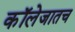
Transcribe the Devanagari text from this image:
कॉलेजातच